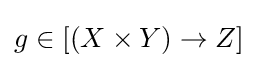
g\in [(X\times Y)\to Z]